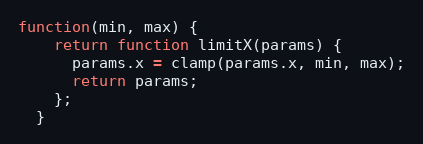
Language: JavaScript
function(min, max) {
    return function limitX(params) {
      params.x = clamp(params.x, min, max);
      return params;
    };
  }